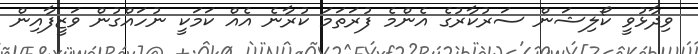
ވިދާޅުވީ ކޯލިޝަން ސަރުކާރުގެ އެންމެ ފުރަތަމަ ކުރާނެ އެއް ކަމަކީ ނުހައްގުން ވަޒީފާއިން